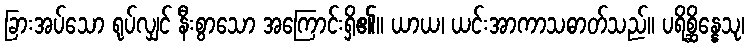
ခြားအပ်သော ရုပ်လျှင် နီးစွာသော အကြောင်းရှိ၏။ ယာယ၊ ယင်းအာကာသဓာတ်သည်။ ပရိစ္ဆိန္နေသု၊